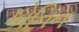
કોનિન